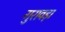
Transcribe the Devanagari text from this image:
गुरावड़ा